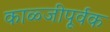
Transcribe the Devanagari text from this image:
काळ्जीपूर्वक